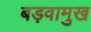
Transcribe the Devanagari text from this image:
बड़वामुख